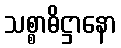
သစ္စာဓိဋ္ဌာနော